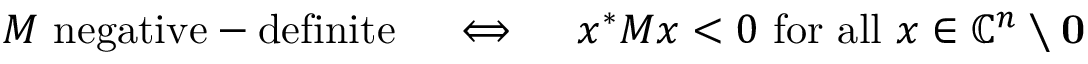
M { \mathrm { ~ n e g a t i v e - d e f i n i t e } } \quad \iff \quad x ^ { * } M x < 0 { \mathrm { ~ f o r ~ a l l ~ } } x \in \mathbb { C } ^ { n } \setminus \mathbf { 0 }